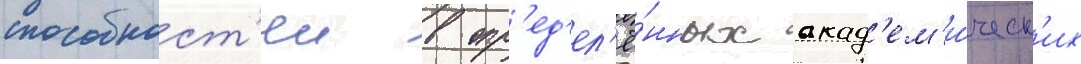
способност'еи в опр'ед'ел'ё́нных акад'ем'и́ческ'их